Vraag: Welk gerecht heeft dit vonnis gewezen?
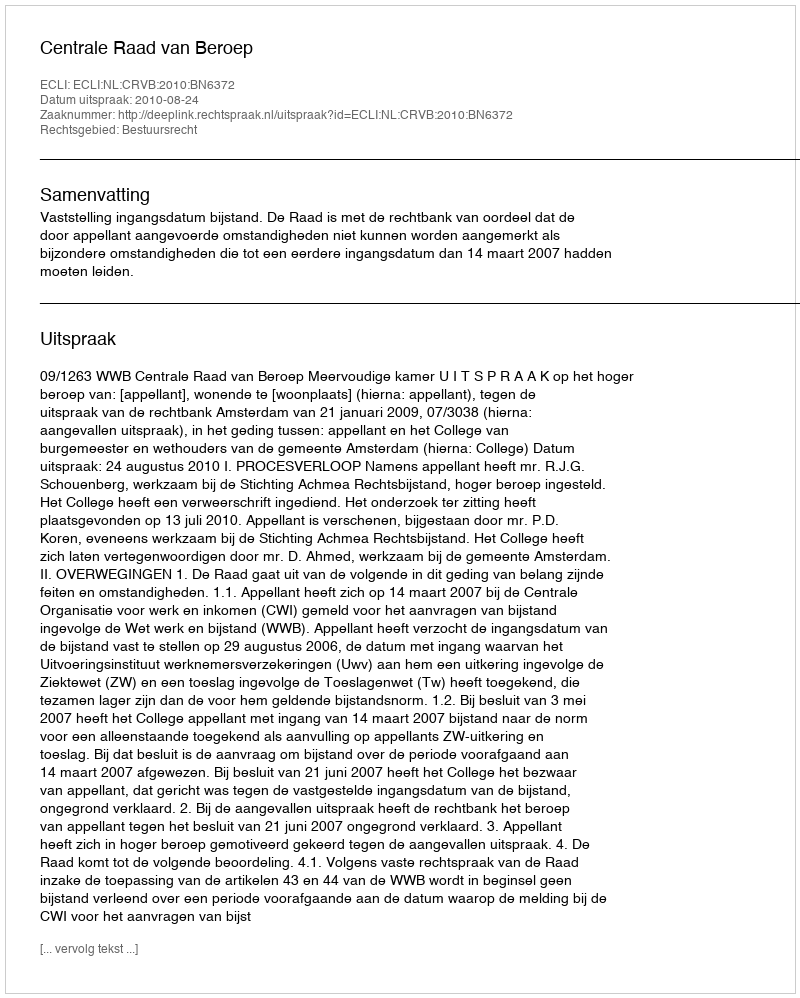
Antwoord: Centrale Raad van Beroep